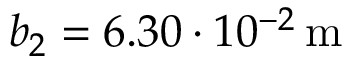
b _ { 2 } = 6 . 3 0 \cdot 1 0 ^ { - 2 } \, \mathrm { m }